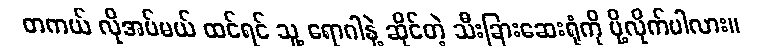
တကယ် လိုအပ်မယ် ထင်ရင် သူ့ ရောဂါနဲ့ ဆိုင်တဲ့ သီးခြားဆေးရုံကို ပို့လိုက်ပါလား။